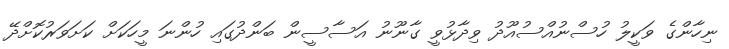
ނިހާންގެ ވަކީލު ހުސްނުއްސުއޫދު ވިދާޅުވީ ގާނޫނު އަސާސީން ބަންދުގައި ހުންނަ މީހަކަށް ކަށަވަރުކޮށްދޭ